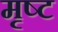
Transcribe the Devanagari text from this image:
मृष्ट